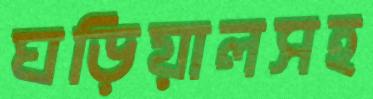
ঘড়িয়ালসহ